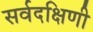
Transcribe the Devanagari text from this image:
सर्वदक्षिणी